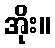
အိုး။